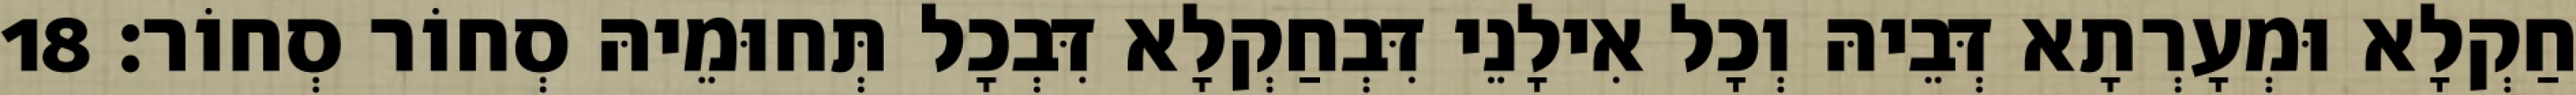
חַקְלָא וּמְעָרְתָא דְּבֵיהּ וְכָל אִילָנֵי דִּבְחַקְלָא דִּבְכָל תְּחוּמֵיהּ סְחוֹר סְחוֹר׃ 18